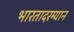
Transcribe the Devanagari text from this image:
भारतादरम्यान